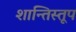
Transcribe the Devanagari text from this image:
शान्तिस्‍तूप